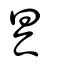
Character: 具